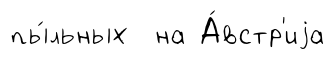
пы́льных на А́встр'иjа